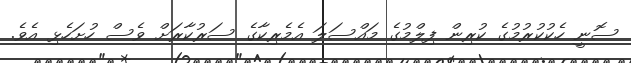
ސޮނީ ހެކުކުރުމުގެ ކުރިން ފިލްމުގެ މައްސަލަ އެމެރިކާގެ ސަރުކާރަށް ވެސް ހުށަހެޅި އެވެ.